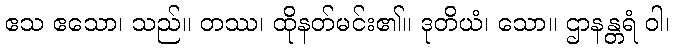
ဧသ ဧသော၊ သည်။ တဿ၊ ထိုနတ်မင်း၏။ ဒုတိယံ၊ သော။ ဌာနန္တရံ ဝါ၊